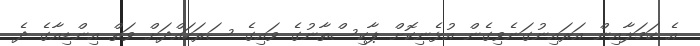
އެ ހަމަލާއިން އަރައިނުގަނެވިގެން އުޅެނިކޮށް ޕާކިސްތާނުގެ ވައިގެ ސަރަހައްދަށް ވަތް އިންޑިއާގެ ދެ